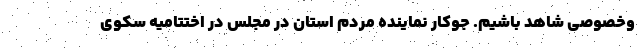
وخصوصی شاهد باشیم. جوکار نماینده مردم استان در مجلس در اختتامیه سکوی